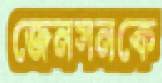
জেনসনকে